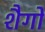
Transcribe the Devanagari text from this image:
शैगों